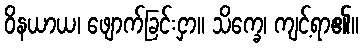
ဝိနယာယ၊ ဖျောက်ခြင်းငှာ။ သိက္ခေ၊ ကျင့်ရာ၏။